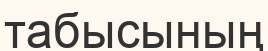
табысының